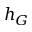
h _ { G }